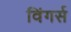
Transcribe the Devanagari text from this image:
विंगर्स